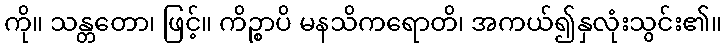
ကို။ သန္တတော၊ ဖြင့်။ ကိဉ္စာပိ မနသိကရောတိ၊ အကယ်၍နှလုံးသွင်း၏။